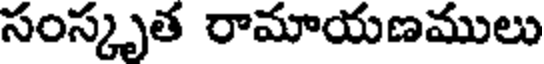
సంస్కృత రామాయణములు